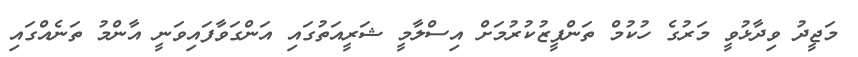
މަޖީދު ވިދާޅުވީ މަރުގެ ހުކުމް ތަންފީޒުކުރުމަށް އިސްލާމީ ޝަރީއަތުގައި އަންގަވާފައިވަނީ އާންމު ތަނެއްގައި